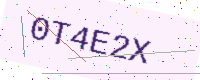
Text: 0T4E2X